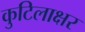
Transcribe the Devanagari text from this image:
कुटिलाक्षर